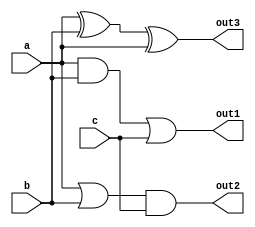
module combinational_logic_block (
    input  wire [3:0] a,   // 4-bit input signal
    input  wire [3:0] b,   // 4-bit input signal
    input  wire [3:0] c,   // 4-bit input signal
    output wire [3:0] out1, // Output for function 1
    output wire [3:0] out2, // Output for function 2
    output wire [3:0] out3  // Output for function 3
);

    // Shared Logic
    wire [3:0] shared_and; // Shared AND logic
    wire [3:0] shared_or;  // Shared OR logic
    wire [3:0] shared_xor; // Shared XOR logic

    // Shared Logic Implementation
    assign shared_and = a & b;          // Common AND operation
    assign shared_or = a | b;           // Common OR operation
    assign shared_xor = a ^ b;          // Common XOR operation

    // Output Logic using shared components
    assign out1 = shared_and | c;       // Function 1: (a & b) | c
    assign out2 = shared_or & c;        // Function 2: (a | b) & c
    assign out3 = shared_xor ^ a;       // Function 3: (a ^ b) ^ a

endmodule